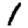
Digit: 1